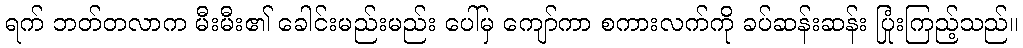
ရက် ဘတ်တလာက မီးမီး၏ ခေါင်းမည်းမည်း ပေါ်မှ ကျော်ကာ စကားလက်ကို ခပ်ဆန်းဆန်း ပြုံးကြည့်သည်။